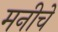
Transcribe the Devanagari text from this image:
मनीचे